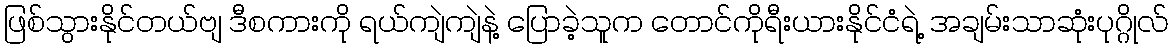
ဖြစ်သွားနိုင်တယ်ဗျ ဒီစကားကို ရယ်ကျဲကျဲနဲ့ ပြောခဲ့သူက တောင်ကိုရီးယားနိုင်ငံရဲ့ အချမ်းသာဆုံးပုဂ္ဂိုလ်